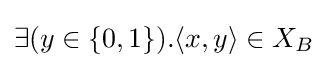
\exists (y\in \{0,1\}).\langle x,y\rangle \in X_{B}